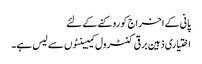
پانی کے اخراج کو روکنے کے لئے
اختیاری ذہین برقی کنٹرول کیبینٹوں سے لیس ہے۔